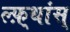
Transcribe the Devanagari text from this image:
ल्फ़्थांस्